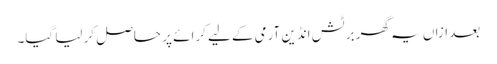
بعد ازاں یہ گھر برٹش انڈین آرمی کے لیے کرائے پر حاصل کر لیا گیا۔